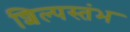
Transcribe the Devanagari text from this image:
शिल्पस्तंभ